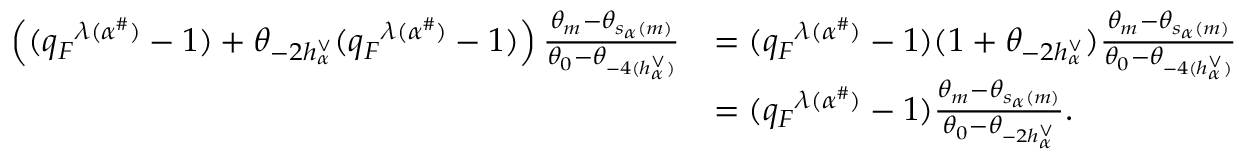
\begin{array} { r l } { \left( ( { q _ { F } } ^ { \lambda ( \alpha ^ { \# } ) } - 1 ) + \theta _ { - 2 h _ { \alpha } ^ { \vee } } ( { q _ { F } } ^ { \lambda ( \alpha ^ { \# } ) } - 1 ) \right) \frac { \theta _ { m } - \theta _ { s _ { \alpha } ( m ) } } { \theta _ { 0 } - \theta _ { - 4 ( h _ { \alpha } ^ { \vee } ) } } } & { = ( { q _ { F } } ^ { \lambda ( \alpha ^ { \# } ) } - 1 ) ( 1 + \theta _ { - 2 h _ { \alpha } ^ { \vee } } ) \frac { \theta _ { m } - \theta _ { s _ { \alpha } ( m ) } } { \theta _ { 0 } - \theta _ { - 4 ( h _ { \alpha } ^ { \vee } ) } } } \\ & { = ( { q _ { F } } ^ { \lambda ( \alpha ^ { \# } ) } - 1 ) \frac { \theta _ { m } - \theta _ { s _ { \alpha } ( m ) } } { \theta _ { 0 } - \theta _ { - 2 h _ { \alpha } ^ { \vee } } } . } \end{array}